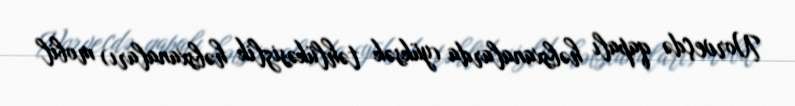
Norveçdə qapalı həbsxanalarda (yüksək təhlükəsizlik həbsxanaları) mobil